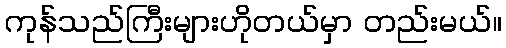
ကုန်သည်ကြီးများဟိုတယ်မှာ တည်းမယ်။